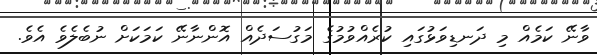
ވާނޭ ކަމެއް މި ދަނޑިވަޅުގައި ކުރެއްވުމުގެ މަގުސަދެއް އޮންނާނޭ ކަމަކަށް ނުބެލެވެ އެވެ.